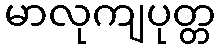
မာလုကျပုတ္တ